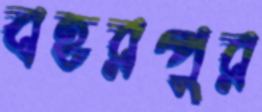
বহরপুর